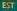
est